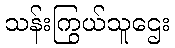
သန်းကြွယ်သူဌေး